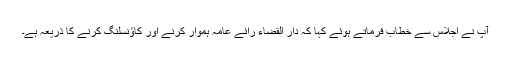
آپ نے اجلاس سے خطاب فرماتے ہوئے کہا کہ دار القضاء رائے عامہ ہموار کرنے اور کاؤنسلنگ کرنے کا ذریعہ ہے۔